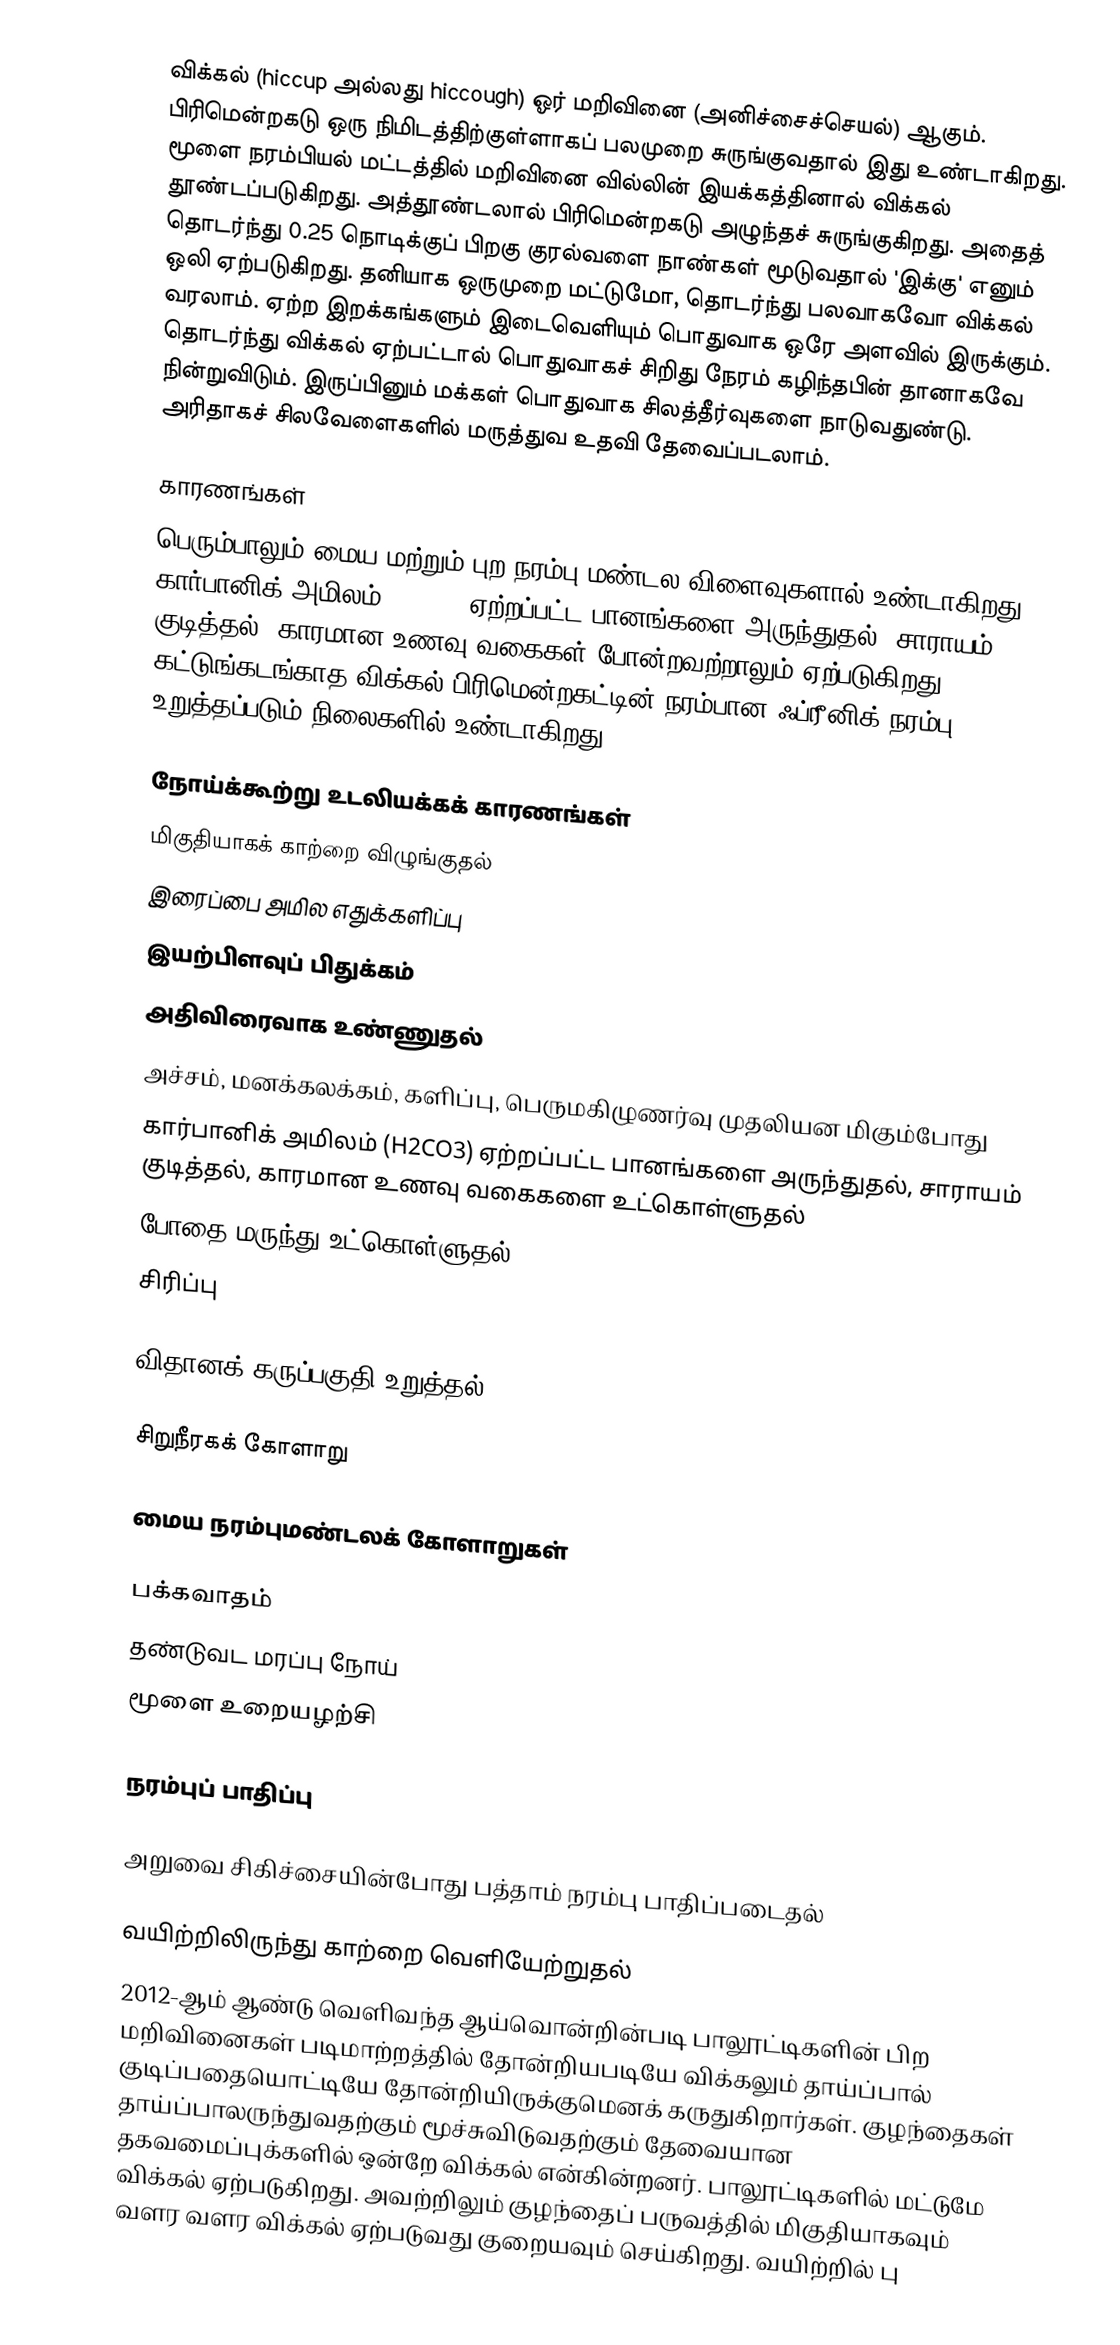
விக்கல் (hiccup அல்லது hiccough) ஓர் மறிவினை (அனிச்சைச்செயல்) ஆகும். பிரிமென்றகடு ஒரு நிமிடத்திற்குள்ளாகப் பலமுறை சுருங்குவதால் இது உண்டாகிறது. மூளை நரம்பியல் மட்டத்தில் மறிவினை வில்லின் இயக்கத்தினால் விக்கல் தூண்டப்படுகிறது. அத்தூண்டலால் பிரிமென்றகடு அழுந்தச் சுருங்குகிறது. அதைத் தொடர்ந்து 0.25 நொடிக்குப் பிறகு குரல்வளை நாண்கள் மூடுவதால் 'இக்கு' எனும் ஒலி ஏற்படுகிறது. தனியாக ஒருமுறை மட்டுமோ, தொடர்ந்து பலவாகவோ விக்கல் வரலாம். ஏற்ற இறக்கங்களும் இடைவெளியும் பொதுவாக ஒரே அளவில் இருக்கும். தொடர்ந்து விக்கல் ஏற்பட்டால் பொதுவாகச் சிறிது நேரம் கழிந்தபின் தானாகவே நின்றுவிடும். இருப்பினும் மக்கள் பொதுவாக சிலத்தீர்வுகளை நாடுவதுண்டு. அரிதாகச் சிலவேளைகளில் மருத்துவ உதவி தேவைப்படலாம்.

காரணங்கள்
பெரும்பாலும் மைய மற்றும் புற நரம்பு மண்டல விளைவுகளால் உண்டாகிறது. கார்பானிக் அமிலம் (H2CO3) ஏற்றப்பட்ட பானங்களை அருந்துதல், சாராயம் குடித்தல், காரமான உணவு வகைகள் போன்றவற்றாலும் ஏற்படுகிறது. கட்டுங்கடங்காத விக்கல் பிரிமென்றகட்டின் நரம்பான ஃப்ரீனிக் நரம்பு உறுத்தப்படும் நிலைகளில் உண்டாகிறது.

நோய்க்கூற்று உடலியக்கக் காரணங்கள்
 மிகுதியாகக் காற்றை விழுங்குதல்
 இரைப்பை அமில எதுக்களிப்பு
 இயற்பிளவுப் பிதுக்கம்
 அதிவிரைவாக உண்ணுதல்
 அச்சம், மனக்கலக்கம், களிப்பு, பெருமகிழுணர்வு முதலியன மிகும்போது
 கார்பானிக் அமிலம் (H2CO3) ஏற்றப்பட்ட பானங்களை அருந்துதல், சாராயம் குடித்தல், காரமான உணவு வகைகளை உட்கொள்ளுதல்
 போதை மருந்து உட்கொள்ளுதல்
 சிரிப்பு

விதானக் கருப்பகுதி உறுத்தல்

 சிறுநீரகக் கோளாறு

மைய நரம்புமண்டலக் கோளாறுகள்

 பக்கவாதம்
 தண்டுவட மரப்பு நோய்
 மூளை உறையழற்சி

நரம்புப் பாதிப்பு

 அறுவை சிகிச்சையின்போது பத்தாம் நரம்பு பாதிப்படைதல்

வயிற்றிலிருந்து காற்றை வெளியேற்றுதல்
2012-ஆம் ஆண்டு வெளிவந்த ஆய்வொன்றின்படி பாலூட்டிகளின் பிற மறிவினைகள் படிமாற்றத்தில் தோன்றியபடியே விக்கலும் தாய்ப்பால் குடிப்பதையொட்டியே தோன்றியிருக்குமெனக் கருதுகிறார்கள். குழந்தைகள் தாய்ப்பாலருந்துவதற்கும் மூச்சுவிடுவதற்கும் தேவையான தகவமைப்புக்களில் ஒன்றே விக்கல் என்கின்றனர். பாலூட்டிகளில் மட்டுமே விக்கல் ஏற்படுகிறது. அவற்றிலும் குழந்தைப் பருவத்தில் மிகுதியாகவும் வளர வளர விக்கல் ஏற்படுவது குறையவும் செய்கிறது. வயிற்றில் பு